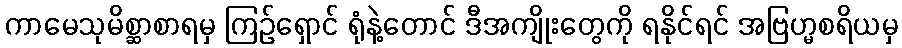
ကာမေသုမိစ္ဆာစာရမှ ကြဉ်ရှောင် ရုံနဲ့တောင် ဒီအကျိုးတွေကို ရနိုင်ရင် အဗြဟ္မစရိယမှ